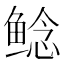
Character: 鲶